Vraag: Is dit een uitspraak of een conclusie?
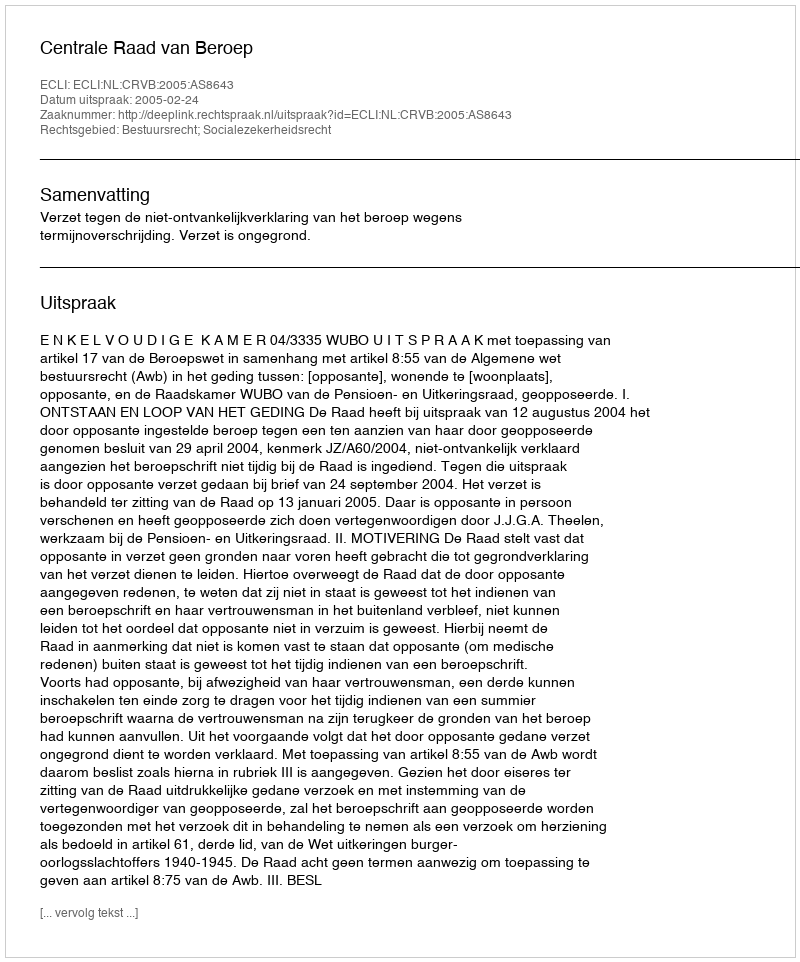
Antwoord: Uitspraak